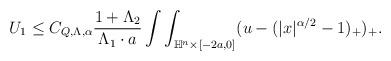
LaTeX: \begin{align*} \begin{aligned} U_1\leq C_{Q,\Lambda,\alpha} \frac{1+\Lambda_2}{\Lambda_1 \cdot a}\int\int_{\mathbb{H}^n\times[-2a,0]}(u-(|x|^{\alpha/2}-1)_+)_+.\\ \end{aligned} \end{align*}